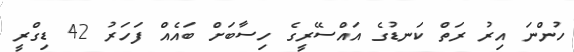
ހުންނަ އިރު ރަތް ކަނޑުގެ އައްސޭރީގެ ހިސާބަށް ބައެއް ފަހަރު 42 ޑިގްރީ